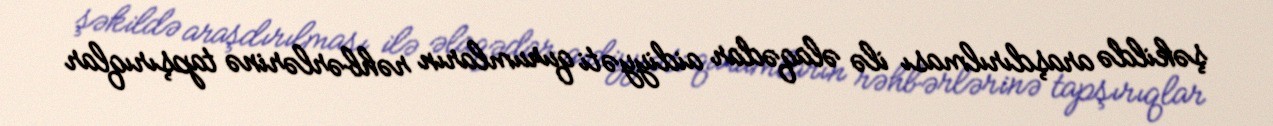
şəkildə araşdırılması ilə əlaqədar aidiyyəti qurumların rəhbərlərinə tapşırıqlar